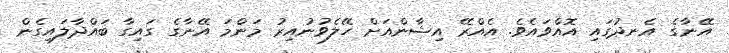
އޭނާގެ އެނދުގައި އޮއްވައެވެ. އެއްރޭ އިޝާންއަށް ހޭލެވުނުއިރު މަންމަ އޭނާގެ ގައިގާ ބައްދާލައިގެން